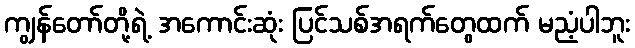
ကျွန်တော်တို့ရဲ့ အကောင်းဆုံး ပြင်သစ်အရက်တွေထက် မညံ့ပါဘူး